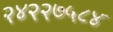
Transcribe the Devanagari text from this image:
२४२२७५८४